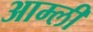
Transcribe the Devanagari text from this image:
आम्ली